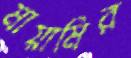
মায়ামির